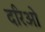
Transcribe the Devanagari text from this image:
दरिओ